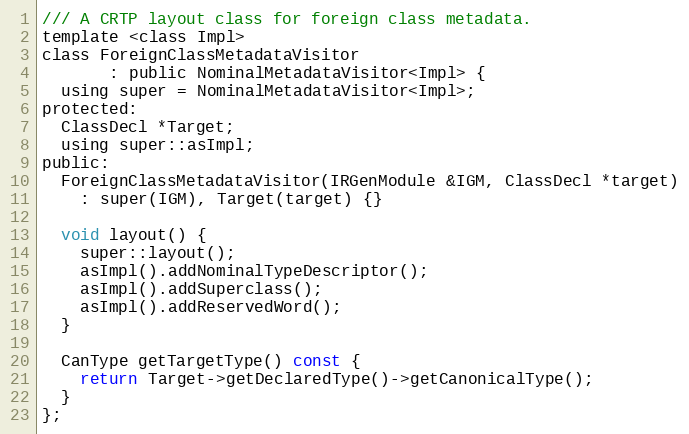
Language: C
/// A CRTP layout class for foreign class metadata.
template <class Impl>
class ForeignClassMetadataVisitor
       : public NominalMetadataVisitor<Impl> {
  using super = NominalMetadataVisitor<Impl>;
protected:
  ClassDecl *Target;
  using super::asImpl;
public:
  ForeignClassMetadataVisitor(IRGenModule &IGM, ClassDecl *target)
    : super(IGM), Target(target) {}

  void layout() {
    super::layout();
    asImpl().addNominalTypeDescriptor();
    asImpl().addSuperclass();
    asImpl().addReservedWord();
  }

  CanType getTargetType() const {
    return Target->getDeclaredType()->getCanonicalType();
  }
};